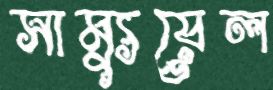
সাম্যুয়েল